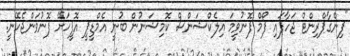
"ފިންގާޕްރިންޓް ޖަހާފައި ފޯމް ފޮނުވީމަ އިލެކްޝަންސް ކޮމިޝަނުން ބުނީ އެމްޑީޕީ އޮފީހަށޭ ފޮނުވަންޖެހޭނީ.